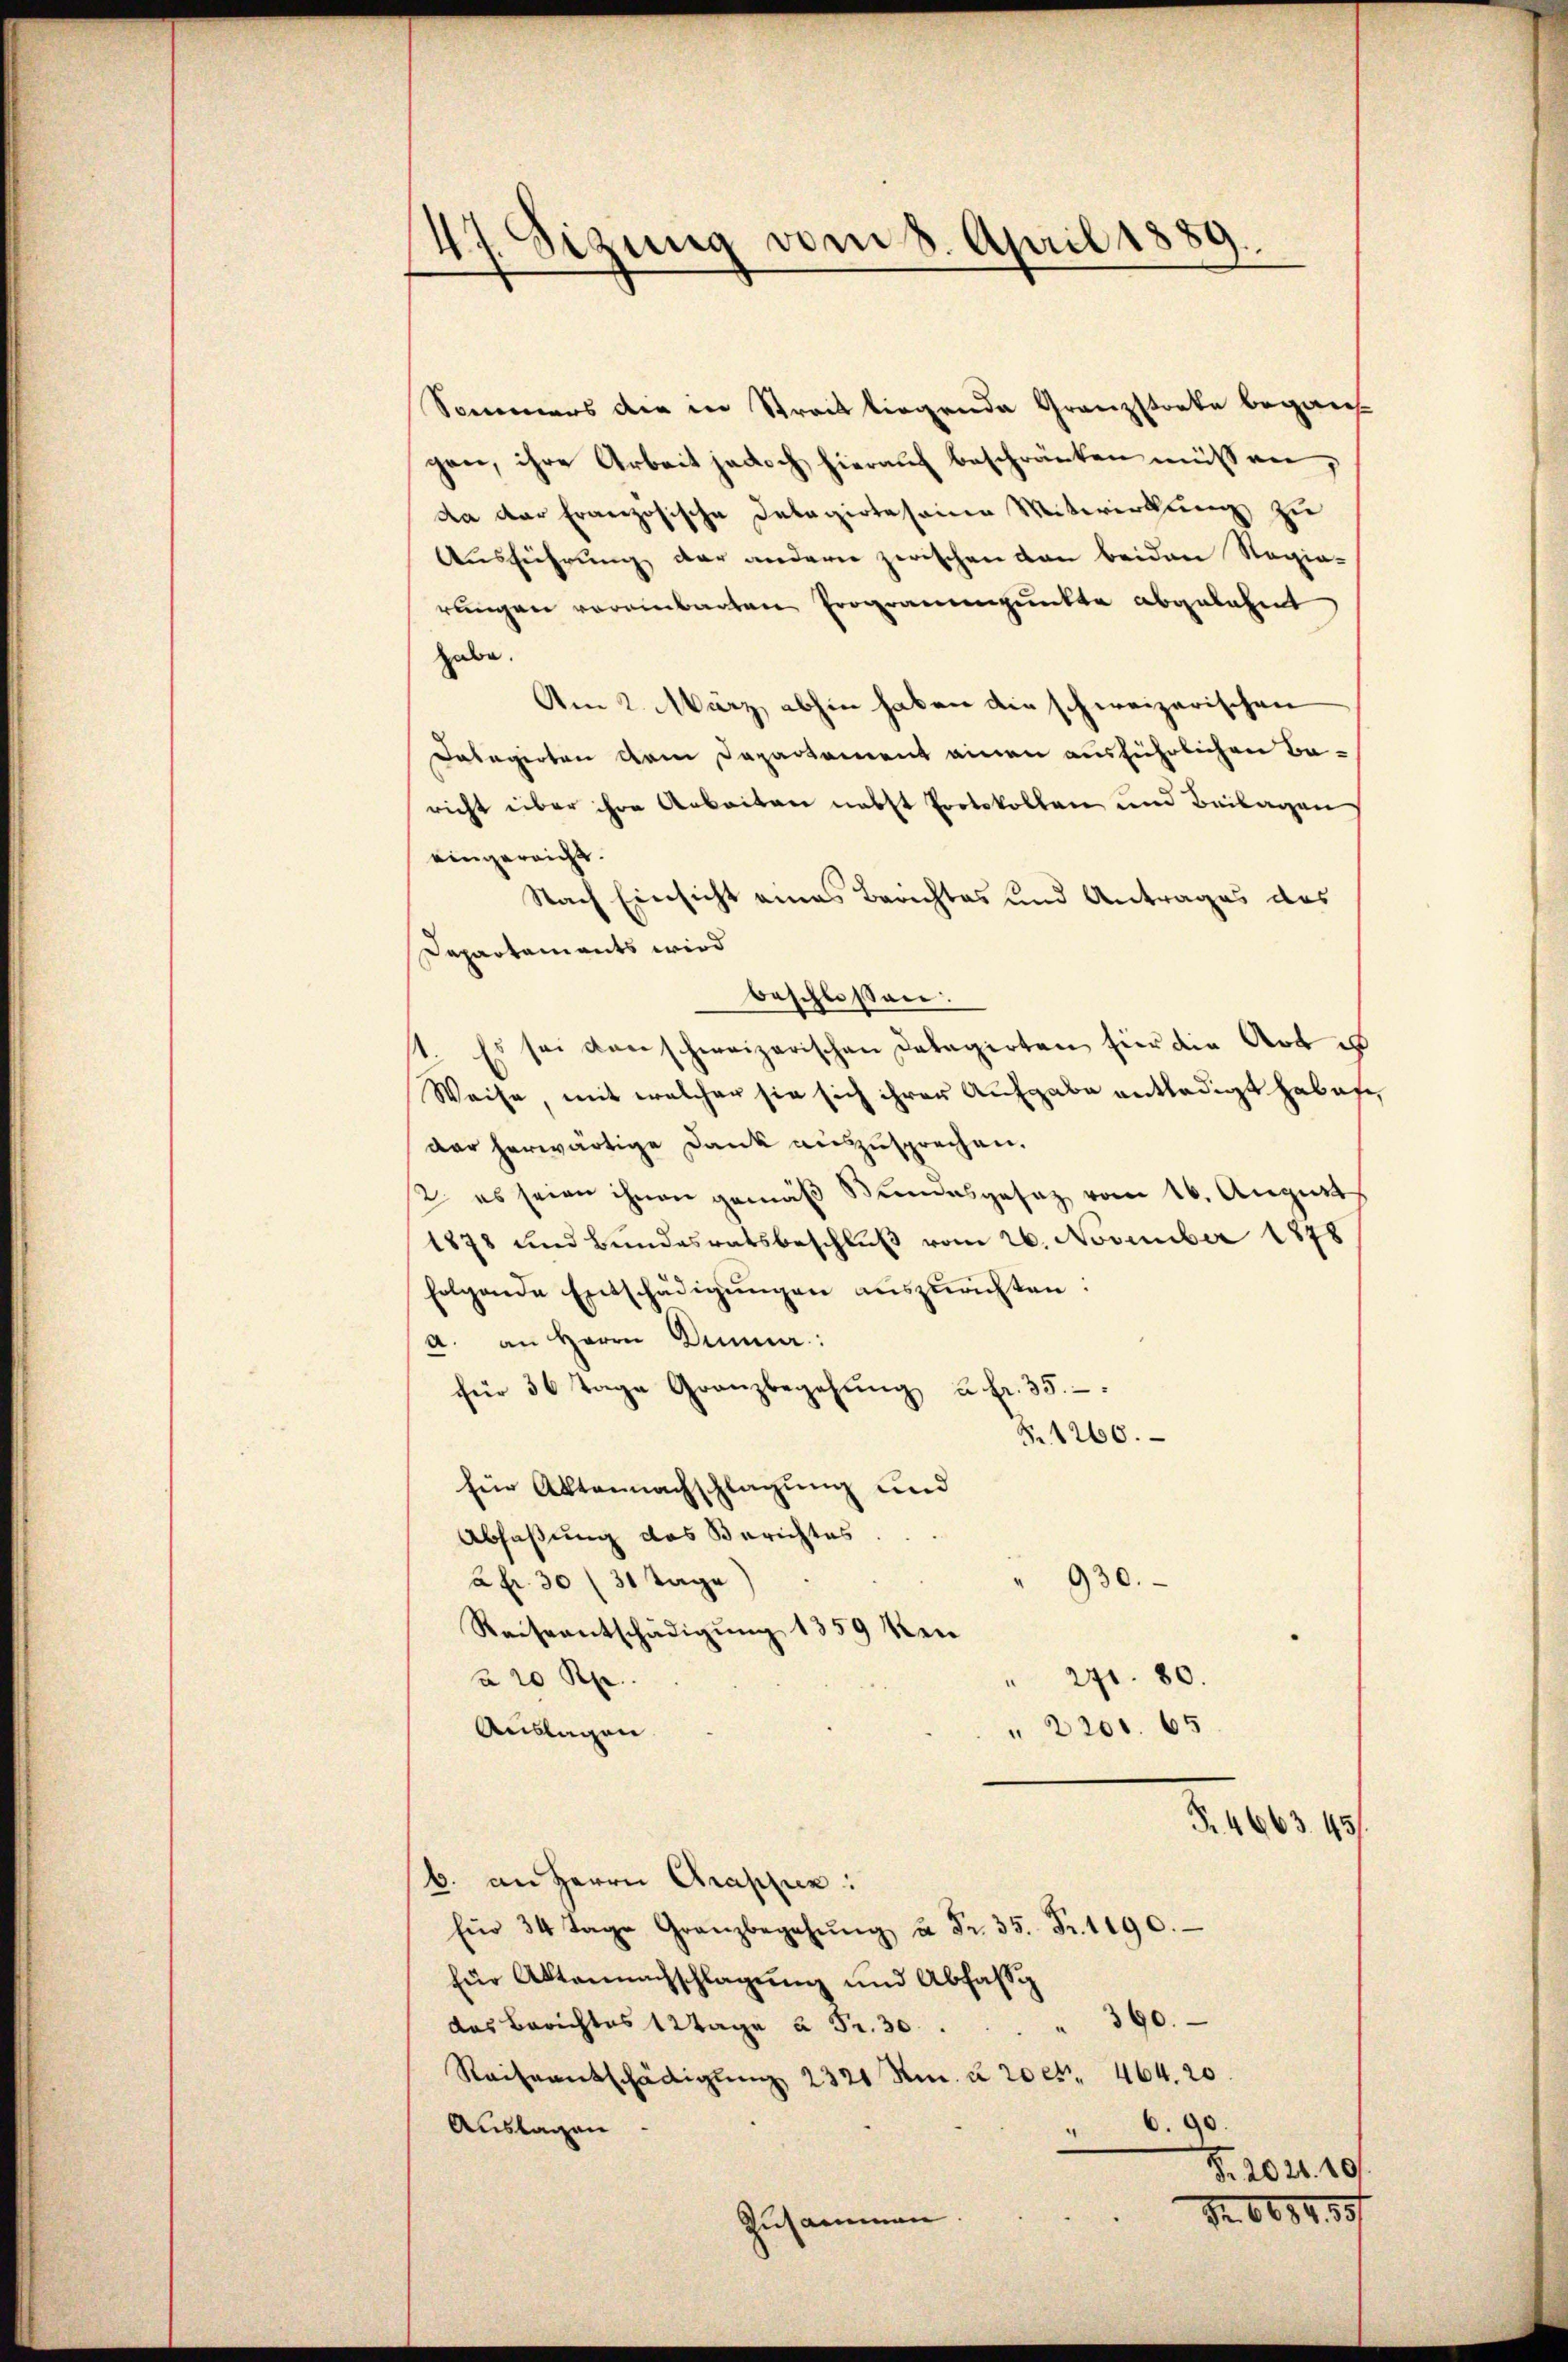
47. Sizung vom 8. April 1889.

Sommers die in Strait liegende Granzstocke began
gen, ihre Arbeit jedoch hierauf beschränken müssen,
da der französische Delegirte seine Mitwirkung zu
Ausführung der andern zwischen von beiden Regia-
rungen voreinbarten Programmpunkte abgelehnt
habe.
Am 2. März abhin haben die schweizerischen
Dabegerten dem Departement einen ausführlichen Baricht über ihre Arbeiten nebst Protokollen und Beilagen
eingereicht.
Nach Einsicht eines Berichtes und Antrages das
Departaments wird
beschlossen:
1. Es sei den schweizerischen Dalagirten hier die Art es
Weise, mit welcher sie sich ihrer Aufgabe entledigt haben,
dar herwärtige Dank auszusprechen.
2. es seien ihnen gemäß Bundesgesetz vom 16. August
1878 und Bundesratsbeschluß vom 26. November 1878
folgende Entschädigŭngen aŭszŭrichten:
a. an Herrn Dinne:
für 36 Tage Granzbegehung u. fr. 35.
S. 1260.
für Aktennachschlagung und
Abfaßung des Berichtes.
930.
2fr. 30 (30 Tage
Reiseentschädigŭng 1859 ken
a 20 Rp.
" 271. 80.
2201. 65.
Auslagen
R. 4663. 45
b. an Herrn Grascher:
Ein 34 Tage Granzbegehŭng u Fr. 35. Fr. 1190.
für Aktennachschlagung und Abfassig
390.
das Berichtes 12 Tage à Fr. 30.
Reiseentschädigung 2321 Rm. u 20 rt. 464. 20
Auslagen
" 6.90.
§. 2021.10.
Nr. 1684, 30/
Zusammen